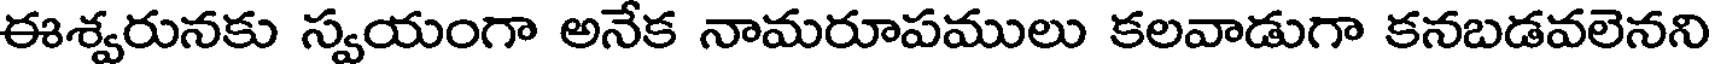
ఈశ్వరునకు స్వయంగా అనేక నామరూపములు కలవాడుగా కనబడవలెనని